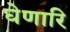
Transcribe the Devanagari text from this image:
घेणारि